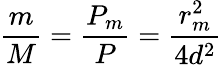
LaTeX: \frac{m}{M}=\frac{P_{m}}{P}=\frac{r_{m}^{2}}{4d^{2}}